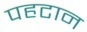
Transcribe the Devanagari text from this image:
पहटान